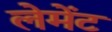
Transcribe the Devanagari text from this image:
लेमेंट